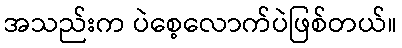
အသည်းက ပဲစေ့လောက်ပဲဖြစ်တယ်။